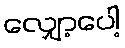
လျှော့ပေါ့